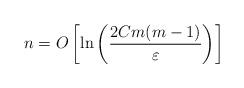
LaTeX: \begin{align*} n = O\left[\ln \left(\frac{2Cm(m-1)}{\varepsilon}\right)\right]\end{align*}